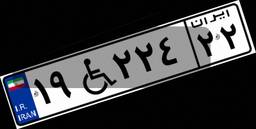
۱۹W۲۲۴۲۲